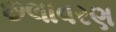
છલાવરણ